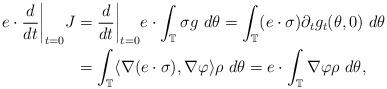
LaTeX: \begin{align*}e\cdot\frac{d}{dt}\bigg|_{t=0}J &=\frac{d}{dt}\bigg|_{t=0}e\cdot\int_{\mathbb T}\sigma g ~ d\theta=\int_{\mathbb T}(e\cdot\sigma)\partial_{t}g_{t}(\theta,0) ~ d\theta\\ &=\int_{\mathbb T}\langle\nabla(e\cdot\sigma),\nabla\varphi\rangle\rho ~ d\theta =e\cdot\int_{\mathbb T}\nabla\varphi\rho ~ d\theta,\end{align*}